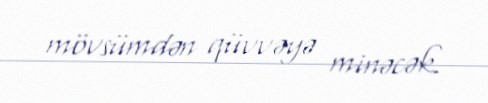
mövsümdən qüvvəyə minəcək.